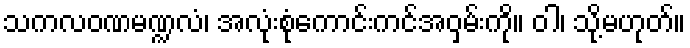
သကလဝဏမဏ္ဍလံ၊ အလုံးစုံကောင်းကင်အဝှမ်းကို။ ဝါ၊ သို့မဟုတ်။